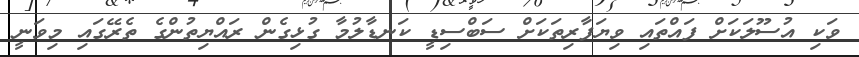
ވަކި އުސޫލަކަށް ފައްތައި ވިޔަފާރިތަކަށް ސަބްސިޑީ ކަނޑާލުމާ ގުޅިގެން ރައްޔިތުންގެ ތެރޭގައި މިވަނީ